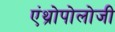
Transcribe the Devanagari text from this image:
एंथ्रोपोलोजी